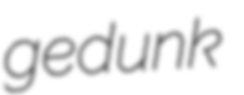
gedunk